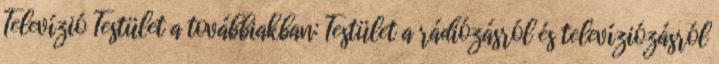
Televízió Testület a továbbiakban: Testület a rádiózásról és televíziózásról